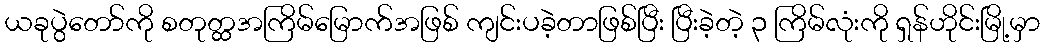
ယခုပွဲတော်ကို စတုတ္ထအကြိမ်မြောက်အဖြစ် ကျင်းပခဲ့တာဖြစ်ပြီး ပြီးခဲ့တဲ့ ၃ ကြိမ်လုံးကို ရှန်ဟိုင်းမြို့မှာ